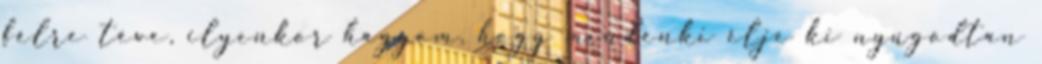
félre téve, ilyenkor hagyom, hogy mindenki élje ki nyugodtan